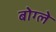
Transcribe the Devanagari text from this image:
बोग्ले